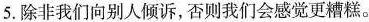
5.除非我们向别人倾诉,否则我们会感觉更糟糕。